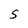
Character: S